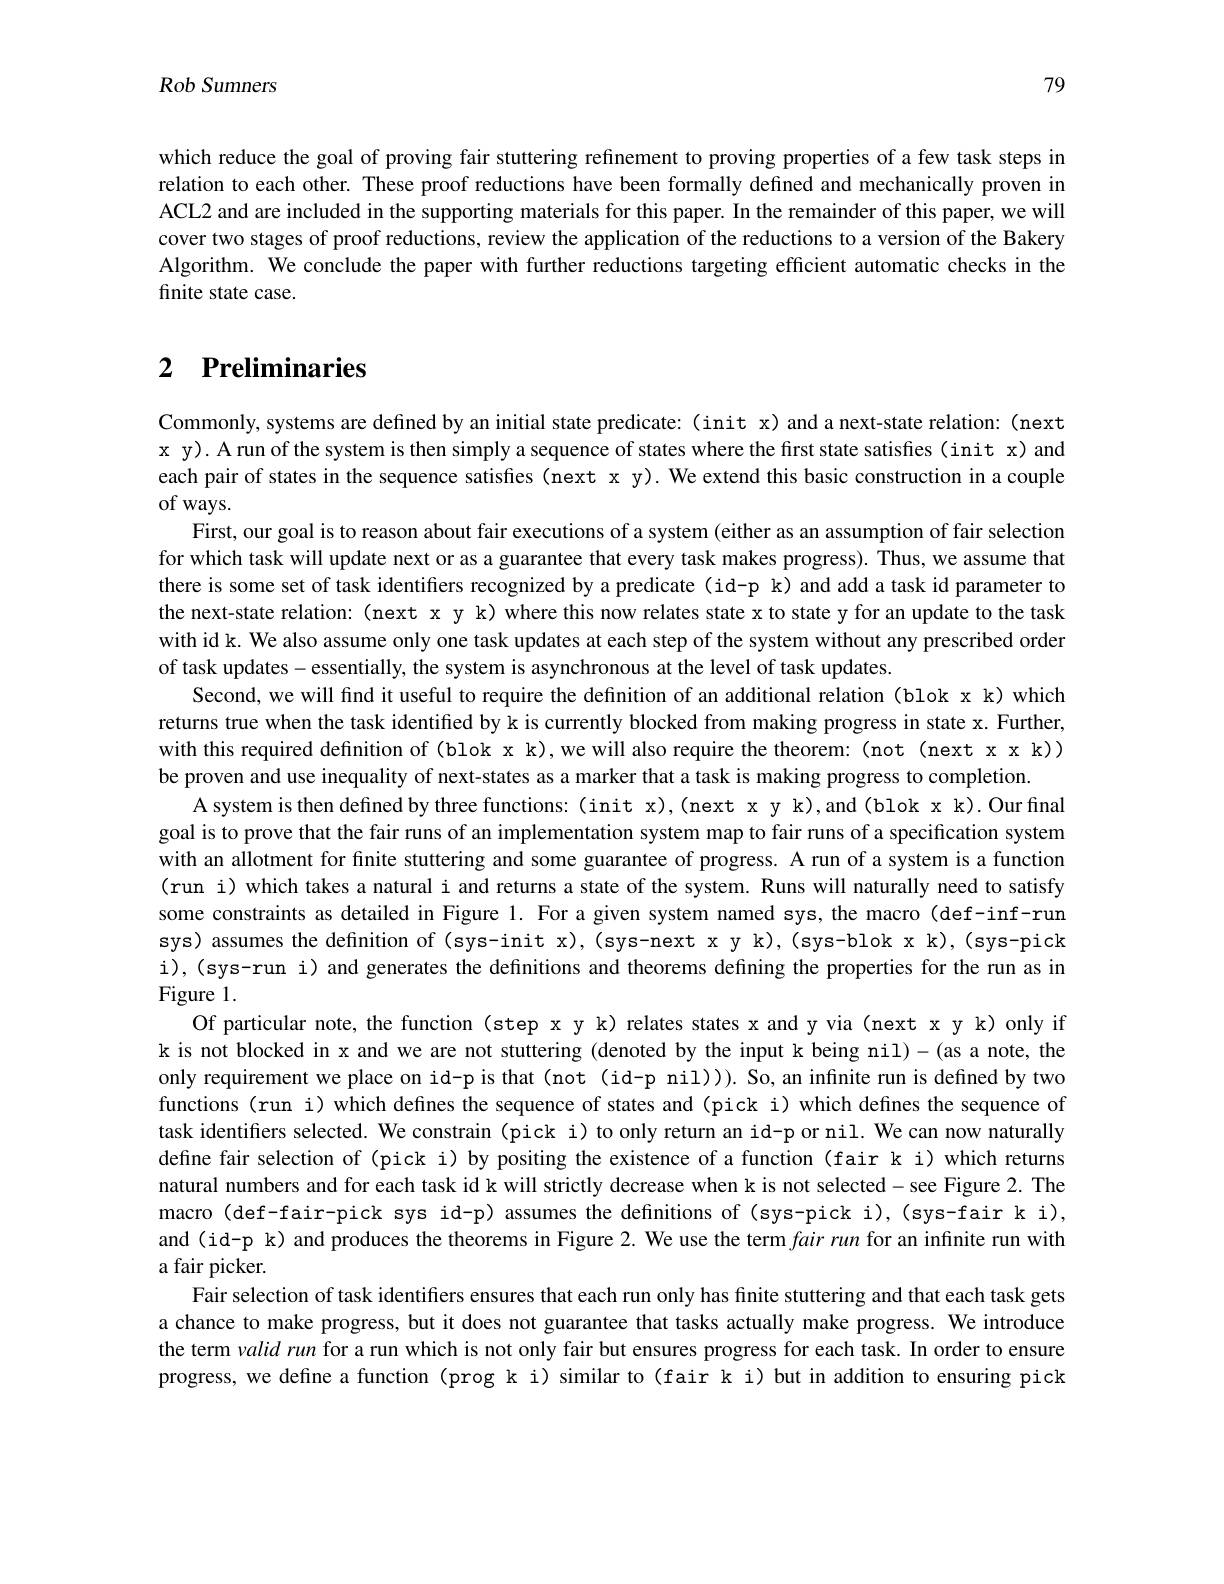
79

Rob Sumners

which reduce the goal of proving fair stuttering refinement to proving properties of a few task steps in relation to each other. These proof reductions have been formally defıned and mechanically proven in ACL2 and are included in the supporting materials for this paper. In the remainder of this paper, we will cover two stages of proof reductions, review the application of the reductions to a version of the Bakery Algorithm. We conclude the paper with further reductions targeting efficient automatic checks in the finite state case.

# 2 $\textbf{Preliminaries}$

Commonly, systems are defined by an initial state predicate: (init x) and a next-state relation: (next x y).A run of the system is then simply a sequence of states where the first state satisfies (init x) and each pair of states in the sequence satisfies (next x y). We extend this basic construction in a couple of ways.
First, our goal is to reason about fair executions of a system (either as an assumption of fair selection for which task will update next or as a guarantee that every task makes progress). Thus, we assume that there is some set of task identifiers recognized by a predicate (id-p k) and add a task id parameter to the next-state relation: (next x y k) where this now relates state x to state y for an update to the task with id k. We also assume only one task updates at each step of the system without any prescribed order of task updates-essentially, the system is asynchronous at the level of task updates.
Second, we will find it useful to require the definition of an additional relation (blok x k) which returns true when the task identified by k is currently blocked from making progress in state x. Further, with this required defnition of (blok x k), we will also require the theorem: (not (next x x k)) be proven and use inequality of next-states as a marker that a task is making progress to completion.
A system is then defined by three functions: ( init x),( next x y k),and(blok x k). Our final goal is to prove that the fair runs of an implementation system map to fair runs of a specification system with an allotment for fnite stuttering and some guarantee of progress. A run of a system is a function (run i) which takes a natural i and returns a state of the system. Runs will naturally need to satisfy some constraints as detailed in Figure 1. For a given system named sys, the macro (def-inf-run sys) assumes the definition of (sys-init x),(sys-next x y k),(sys-blok x k),(sys-pick i),(sys-run i) and generates the definitions and theorems defining the properties for the run as in Figure 1.
Of particular note, the function (step x y k) relates states x and y via (next x y k) only if k is not blocked in x and we are not stuttering (denoted by the input k being nil)-(as a note, the only requirement we place on id-p is that(not (id-p nil))). So, an infinite run is defined by two functions (run i) which defines the sequence of states and (pick i) which defines the sequence of task identifiers selected. We constrain (pick i) to only return an id-p or nil. We can now naturally define fair selection of (pick i) by positing the existence of a function (fair k i) which returns natural numbers and for each task id k will strictly decrease when k is not selected-see Figure 2. The macro (def-fair-pick sys id-p) assumes the defnitions of (sys-pick i),(sys-fair k i), and (id-p k) and produces the theorems in Figure 2. We use the term $fair\textit{runforaninfı niterunwith}$ a fair picker.
Fair selection of task identifers ensures that each run only has finite stuttering and that each task gets a chance to make progress, but it does not guarantee that tasks actually make progress. We introduce the term validrun for a run which is not only fair but ensures progress for each task. In order to ensure progress, we define a function (prog k i) similar to(fair k i) but in addition to ensuring pick